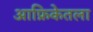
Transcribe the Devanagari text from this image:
आफ्रिकेतला